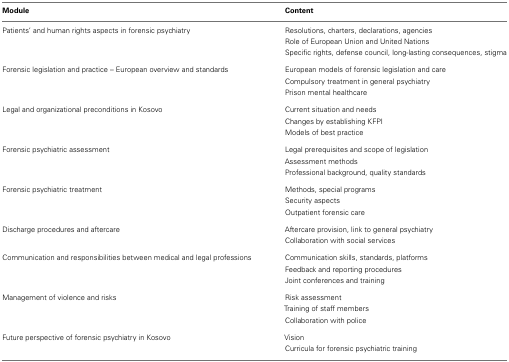
<table><thead><tr><td><b>Module</b></td><td><b>Content</b></td></tr></thead><tbody><tr><td>Patients’ and human rights aspects in forensic psychiatry</td><td>Resolutions, charters, declarations, agencies</td></tr><tr><td></td><td>Role of European Union and United Nations</td></tr><tr><td></td><td>Specific rights, defense council, long-lasting consequences, stigma</td></tr><tr><td>Forensic legislation and practice – European overview and standards</td><td>European models of forensic legislation and care</td></tr><tr><td></td><td>Compulsory treatment in general psychiatry</td></tr><tr><td></td><td>Prison mental healthcare</td></tr><tr><td>Legal and organizational preconditions in Kosovo</td><td>Current situation and needs</td></tr><tr><td></td><td>Changes by establishing KFPI</td></tr><tr><td></td><td>Models of best practice</td></tr><tr><td>Forensic psychiatric assessment</td><td>Legal prerequisites and scope of legislation</td></tr><tr><td></td><td>Assessment methods</td></tr><tr><td></td><td>Professional background, quality standards</td></tr><tr><td>Forensic psychiatric treatment</td><td>Methods, special programs</td></tr><tr><td></td><td>Security aspects</td></tr><tr><td></td><td>Outpatient forensic care</td></tr><tr><td>Discharge procedures and aftercare</td><td>Aftercare provision, link to general psychiatry</td></tr><tr><td></td><td>Collaboration with social services</td></tr><tr><td>Communication and responsibilities between medical and legal professions</td><td>Communication skills, standards, platforms</td></tr><tr><td></td><td>Feedback and reporting procedures</td></tr><tr><td></td><td>Joint conferences and training</td></tr><tr><td>Management of violence and risks</td><td>Risk assessment</td></tr><tr><td></td><td>Training of staff members</td></tr><tr><td></td><td>Collaboration with police</td></tr><tr><td>Future perspective of forensic psychiatry in Kosovo</td><td>Vision</td></tr><tr><td></td><td>Curricula for forensic psychiatric training</td></tr></tbody></table>